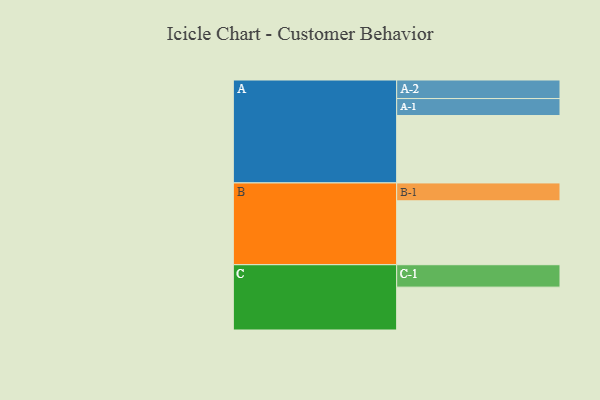
{"axis": {"x": "Segment", "y": "Value"}, "legend": ["", "A", "B", "C"], "data": [{"x": "A", "y": 596, "type": ""}, {"x": "B", "y": 565, "type": ""}, {"x": "C", "y": 379, "type": ""}, {"x": "A-1", "y": 150, "type": "A"}, {"x": "A-2", "y": 164, "type": "A"}, {"x": "B-1", "y": 158, "type": "B"}, {"x": "C-1", "y": 198, "type": "C"}]}